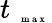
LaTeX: t_{\mathrm{~\tiny~{~m~a~x~}~}}